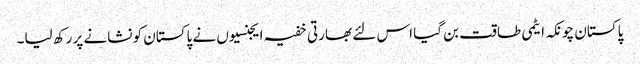
پاکستان چونکہ ایٹمی طاقت بن گیا اس لئے بھارتی خفیہ ایجنسیوں نے پاکستان کو نشانے پر رکھ لیا۔